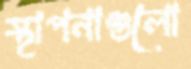
স্থাপনাগুলো